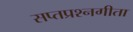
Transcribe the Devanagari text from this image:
सप्तप्रश्नगीता